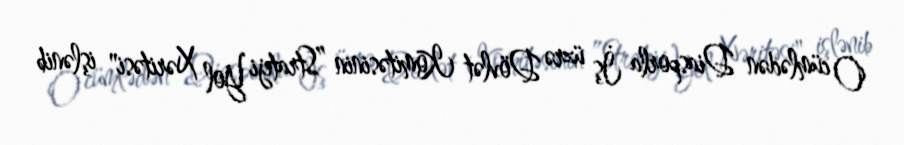
O cümlədən Diasporla İş üzrə Dövlət Komitəsinin ”Strateji Yol Xəritəsi" işlənib